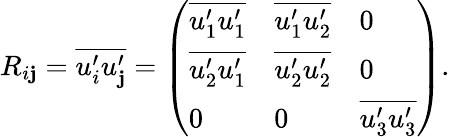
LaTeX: R_{i\mathbf{j}}=\overline{{{u_{i}^{\prime}u_{\mathbf{j}}^{\prime}}}}=\left(\begin{array}{lll}{\overline{{u_{1}^{\prime}u_{1}^{\prime}}}}&{\overline{{u_{1}^{\prime}u_{2}^{\prime}}}}&{0}\\ {\overline{{u_{2}^{\prime}u_{1}^{\prime}}}}&{\overline{{u_{2}^{\prime}u_{2}^{\prime}}}}&{0}\\ {0}&{0}&{\overline{{u_{3}^{\prime}u_{3}^{\prime}}}}\end{array}\right).